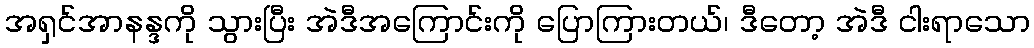
အရှင်အာနန္ဒကို သွားပြီး အဲဒီအကြောင်းကို ပြောကြားတယ်၊ ဒီတော့ အဲဒီ ငါးရာသော